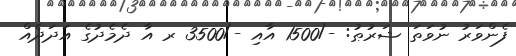
ފެންވަރު ނުވަތަ ޝަރުޠު: -/1500 އާއި -/3500 ރ އާ ދެމެދުގެ އަދަދެއް